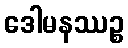
ဒေါမနဿဉ္စ